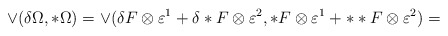
\begin{align*}\vee(\delta \Omega,*\Omega)=\vee (\delta F \otimes\varepsilon^1 +\delta *F \otimes\varepsilon^2,*F\otimes\varepsilon^1+**F\otimes\varepsilon^2)=\end{align*}